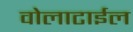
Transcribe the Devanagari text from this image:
वोलाटाईल